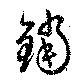
鐺